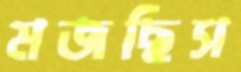
মজছিস